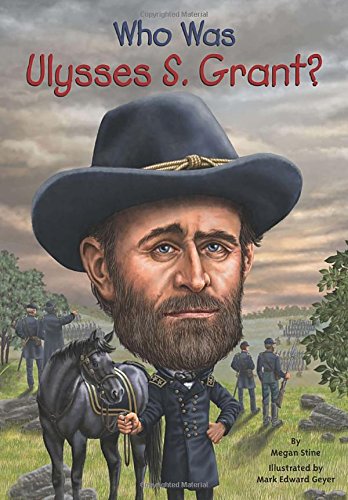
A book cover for Who Was Ulysses S. Grant?; Megan Stine; Children's Books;